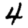
Digit: 4